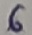
Text: 6